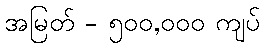
အမြတ် - ၅၀၀,၀၀၀ ကျပ်